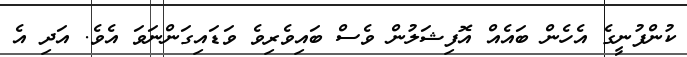
ކުންފުނީގެ އެހެން ބައެއް އޮފިޝަލުން ވެސް ބައިވެރިވެ ވަޑައިގަންނަވަ އެވެ. އަދި އެ